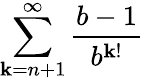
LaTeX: \sum_{\mathbf{k}=n+1}^{\infty}{\frac{{b-1}}{{b^{\mathbf{k}!}}}}